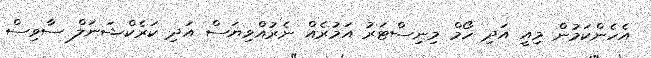
އެހެންކަމުން މިއީ އަދި ހޯމް މިނިސްޓަރު އަމުރެއް ނެރުއްވިޔަސް އަދި ކަރެކްޝަނަލް ސާވިސް